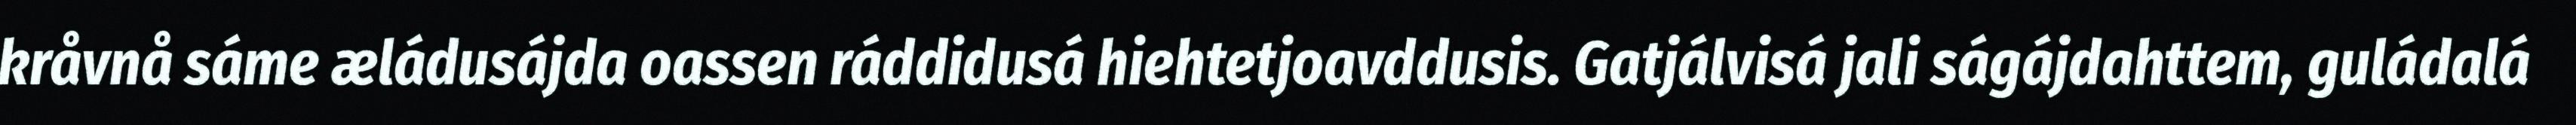
kråvnå sáme æládusájda oassen ráddidusá hiehtetjoavddusis. Gatjálvisá jali ságájdahttem, guládalá